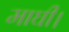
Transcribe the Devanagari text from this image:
माघी।